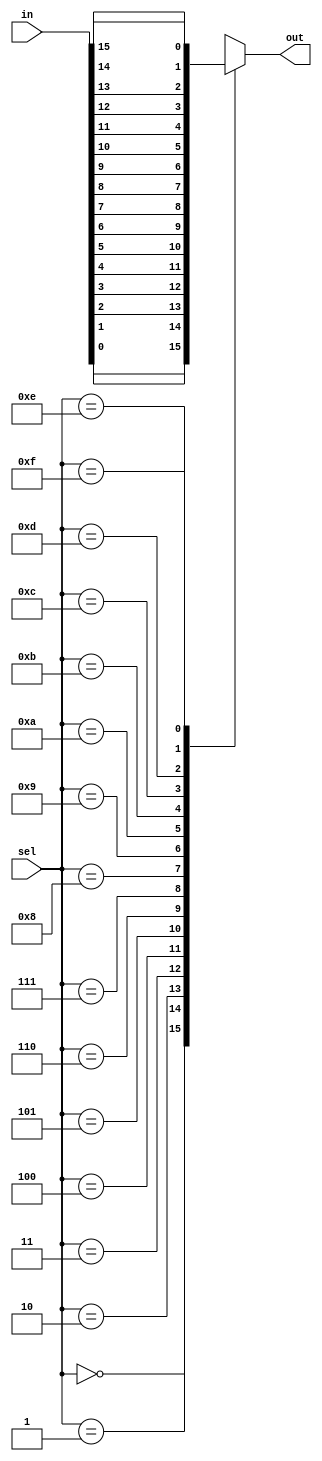
module mux_16to1 (
    input [15:0] in,        // 16 input lines
    input [3:0] sel,        // 4 select lines
    output reg out          // 1 output line
);

always @ (*) begin
    case(sel)
        4'b0000: out = in[0];
        4'b0001: out = in[1];
        4'b0010: out = in[2];
        4'b0011: out = in[3];
        4'b0100: out = in[4];
        4'b0101: out = in[5];
        4'b0110: out = in[6];
        4'b0111: out = in[7];
        4'b1000: out = in[8];
        4'b1001: out = in[9];
        4'b1010: out = in[10];
        4'b1011: out = in[11];
        4'b1100: out = in[12];
        4'b1101: out = in[13];
        4'b1110: out = in[14];
        4'b1111: out = in[15];
        default: out = 0;
    endcase
end

endmodule